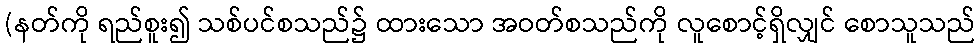
(နတ်ကို ရည်စူး၍ သစ်ပင်စသည်၌ ထားသော အဝတ်စသည်ကို လူစောင့်ရှိလျှင် စောသူသည်